Annual administration report of the Civil Veterinary Department, Ajmere-Merwara, British Rajputana - 1914-1940
Year: 1914
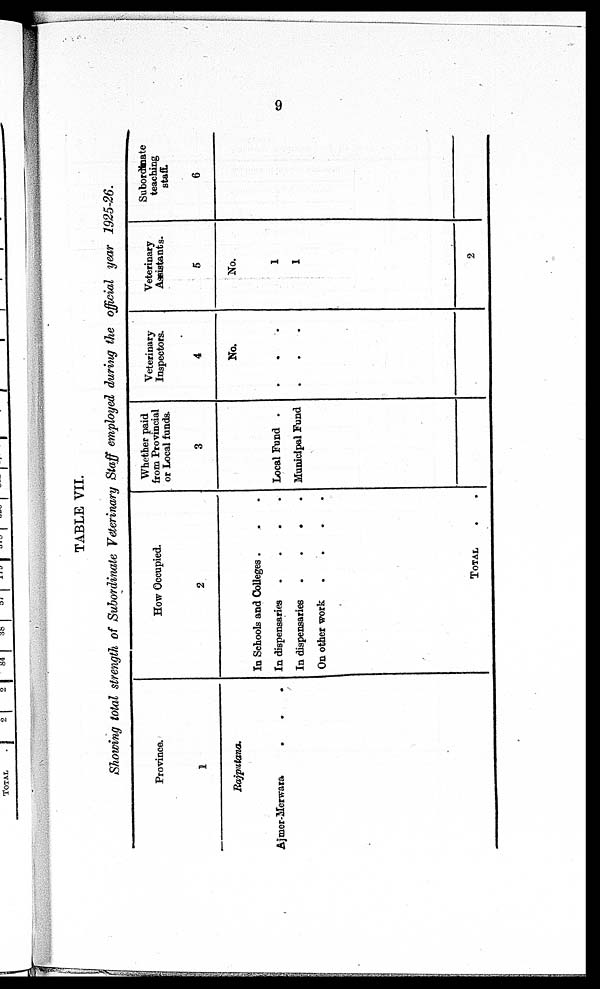
9
TABLE VII.
Showing total strength of Subordinate Veterinary Staff employed during the official year 1925-26.
Province.
1
Rajputana.
Ajmer-Merwara
.
.
.
How Occupied.
2
In Schools and Colleges . . .
In dispensaries
.
.
.
.
In dispensaries
.
.
.
.
On other work
.
.
.
.
TOTAL . .
Whether paid
from Provincial
or Local funds.
3
Local Fund .
Municipal Fund
Veterinary
Inspectors.
4
No.
. . .
. . .
Veterinary
Assistants.
5
No.
1
1
2
Subordinate
teaching
staff.
6